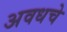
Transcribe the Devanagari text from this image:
अवधचे